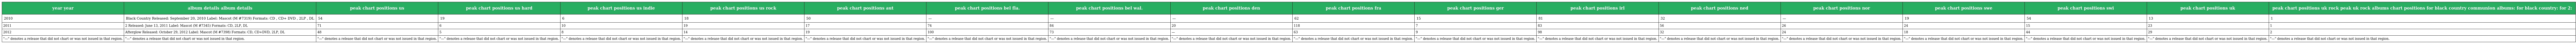
| year year | album details album details | peak chart positions us | peak chart positions us hard | peak chart positions us indie | peak chart positions us rock | peak chart positions aut | peak chart positions bel fla. | peak chart positions bel wal. | peak chart positions den | peak chart positions fra | peak chart positions ger | peak chart positions irl | peak chart positions ned | peak chart positions nor | peak chart positions swe | peak chart positions swi | peak chart positions uk | peak chart positions uk rock peak uk rock albums chart positions for black country communion albums: for black country: for 2: |
 | --- | --- | --- | --- | --- | --- | --- | --- | --- | --- | --- | --- | --- | --- | --- | --- | --- | --- | --- |
 | 2010 | Black Country Released: September 20, 2010 Label: Mascot (M #7319) Formats: CD , CD+ DVD , 2LP , DL | 54 | 19 | 6 | 18 | 50 | — | — | — | 62 | 15 | 81 | 32 | — | 19 | 54 | 13 | 1 |
 | 2011 | 2 Released: June 13, 2011 Label: Mascot (M #7345) Formats: CD, 2LP, DL | 71 | 6 | 10 | 19 | 17 | 74 | 84 | 20 | 118 | 7 | 83 | 56 | 26 | 24 | 15 | 23 | 1 |
 | 2012 | Afterglow Released: October 29, 2012 Label: Mascot (M #7398) Formats: CD, CD+DVD, 2LP, DL | 48 | 5 | 8 | 14 | 19 | 100 | 73 | — | 63 | 9 | 98 | 32 | 24 | 18 | 44 | 29 | 2 |
 | "—" denotes a release that did not chart or was not issued in that region. | "—" denotes a release that did not chart or was not issued in that region. | "—" denotes a release that did not chart or was not issued in that region. | "—" denotes a release that did not chart or was not issued in that region. | "—" denotes a release that did not chart or was not issued in that region. | "—" denotes a release that did not chart or was not issued in that region. | "—" denotes a release that did not chart or was not issued in that region. | "—" denotes a release that did not chart or was not issued in that region. | "—" denotes a release that did not chart or was not issued in that region. | "—" denotes a release that did not chart or was not issued in that region. | "—" denotes a release that did not chart or was not issued in that region. | "—" denotes a release that did not chart or was not issued in that region. | "—" denotes a release that did not chart or was not issued in that region. | "—" denotes a release that did not chart or was not issued in that region. | "—" denotes a release that did not chart or was not issued in that region. | "—" denotes a release that did not chart or was not issued in that region. | "—" denotes a release that did not chart or was not issued in that region. | "—" denotes a release that did not chart or was not issued in that region. | "—" denotes a release that did not chart or was not issued in that region. |